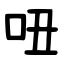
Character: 吜